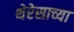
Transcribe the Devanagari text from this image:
थेरेसाच्या